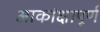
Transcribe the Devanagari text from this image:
आकांक्षापूर्ण